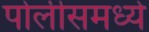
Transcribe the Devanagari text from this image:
पोलीसमध्ये